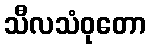
သီလသံဝုတော